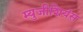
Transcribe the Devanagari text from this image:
म्युजीशियंस